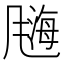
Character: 𫗀